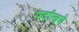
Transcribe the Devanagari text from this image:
पदांन्वये